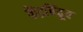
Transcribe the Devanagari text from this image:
केंद्रबिंदूच